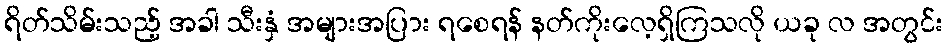
ရိတ်သိမ်းသည့် အခါ သီးနှံ အများအပြား ရစေရန် နတ်ကိုးလေ့ရှိကြသလို ယခု လ အတွင်း